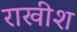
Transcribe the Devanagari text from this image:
राखीश